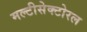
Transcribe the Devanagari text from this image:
मल्टीसेक्टोरल